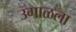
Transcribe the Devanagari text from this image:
उगाळला